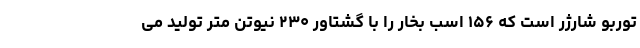
توربو شارژر است که ۱۵۶ اسب بخار را با گشتاور ۲۳۰ نیوتن متر تولید می